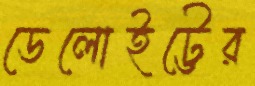
ডেলোইট্টের